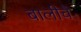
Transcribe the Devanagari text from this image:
बालीचे